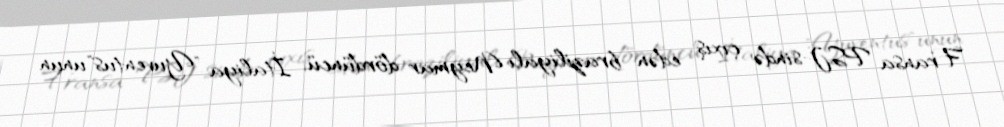
Fransa PSJ-sində çıxış edən braziliyalı Neymar dördüncü, İtaliya "Yuventus"unun